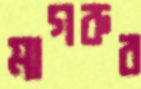
মাগরুর